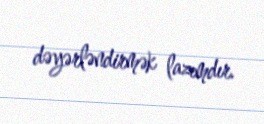
dəyərləndirmək lazımdır.